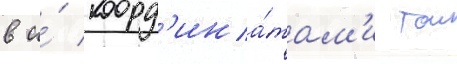
в и́ коорд'ина́там'и тои